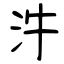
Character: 汼